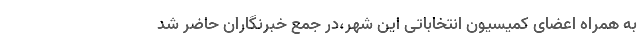
به همراه اعضای کمیسیون انتخاباتی این شهر،در جمع خبرنگاران حاضر شد